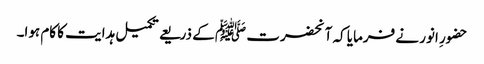
حضورِ انور نے فرمایا کہ آنحضرت ﷺ کے ذریعے تکمیل ہدایت کا کام ہوا۔